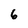
Character: 6